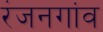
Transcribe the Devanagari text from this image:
रंजनगांव